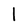
Character: I